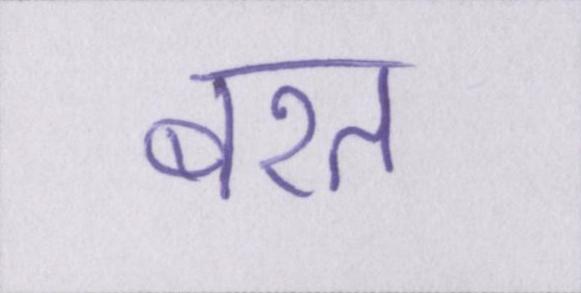
बरत